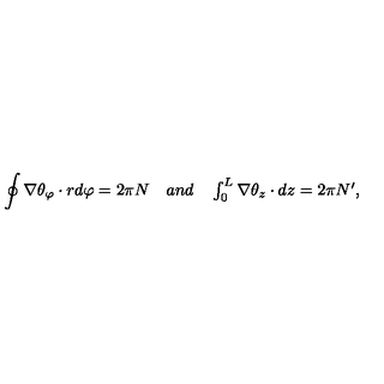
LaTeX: \oint \nabla \theta _ { \varphi } \cdot r d \varphi = 2 \pi N \quad \textstyle { a n d } \quad \int _ { 0 } ^ { L } \nabla \theta _ { z } \cdot d z = 2 \pi N ^ { \prime } ,